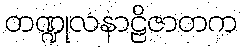
တဏ္ဍုလနာဠိဇာတက